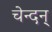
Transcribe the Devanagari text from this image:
चेन्दन्